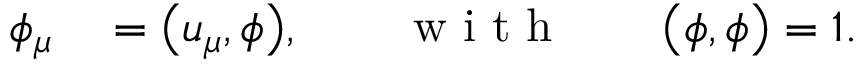
\begin{array} { r l } { \phi _ { \mu } } & { { } = \bigl ( u _ { \mu } , \phi \bigr ) , \qquad \mathrm { ~ w ~ i ~ t ~ h ~ } \qquad \bigl ( \phi , \phi \bigr ) = 1 . } \end{array}